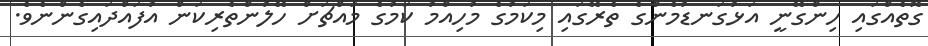
ގޮތެއްގައި ހިންގޭނީ އަޅުގަނޑުމެންގެ ތެރޭގައި މިކަމުގެ މުހިއްމު ކަމުގެ މައްޗަށް ހޭލުންތެރިކަން އުފައްދައިގެންނެވެ.